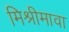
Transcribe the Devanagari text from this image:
मिश्रीमावा